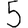
Digit: 5